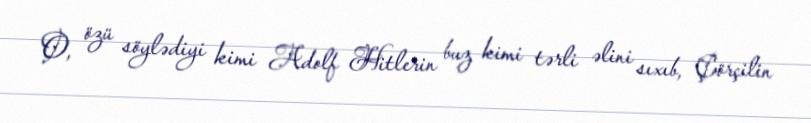
O, özü söylədiyi kimi Adolf Hitlerin buz kimi tərli əlini sıxıb, Çörçilin